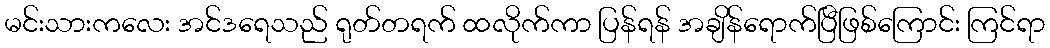
မင်းသားကလေး အင်ဒရေသည် ရုတ်တရက် ထလိုက်ကာ ပြန်ရန် အချိန်ရောက်ပြီဖြစ်ကြောင်း ကြင်ရာ